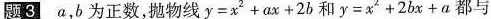
题3 a，b为正数，抛物线$$y = x ^ { 2 } + a x + 2 b$$和$$y = x ^ { 2 } + 2 b x + a$$都与